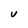
Character: U